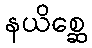
နယိစ္ဆေ